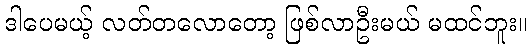
ဒါပေမယ့် လတ်တလောတော့ ဖြစ်လာဦးမယ် မထင်ဘူး။